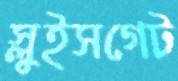
স্লুইসগেট